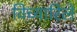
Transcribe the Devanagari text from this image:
विच्यारिले